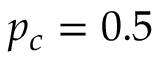
p _ { c } = 0 . 5